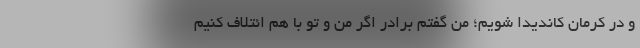
و در کرمان کاندیدا شویم؛ من گفتم برادر اگر من و تو با هم ائتلاف کنیم